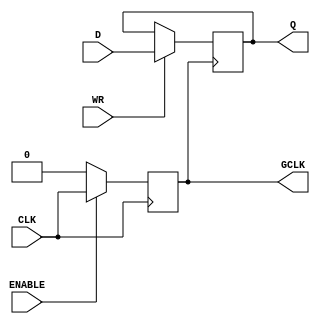
module static_clock_gating (
    input wire CLK,           // Main clock signal
    input wire ENABLE,        // Gating control signal
    output reg GCLK,         // Gated clock signal
    input wire [7:0] D,      // Data input for memory
    input wire WR,           // Write enable signal
    output reg [7:0] Q       // Data output from memory
);

    // Clock gating logic
    always @(posedge CLK) begin
        if (ENABLE) begin
            GCLK <= CLK;      // GCLK follows CLK when ENABLE is high
        end else begin
            GCLK <= 1'b0;     // GCLK is held low when ENABLE is low
        end
    end

    // Memory block operation
    always @(posedge GCLK) begin
        if (WR) begin
            Q <= D;           // Write data to memory on GCLK
        end
        // Additional memory operations can be added here (e.g., read logic)
    end

endmodule